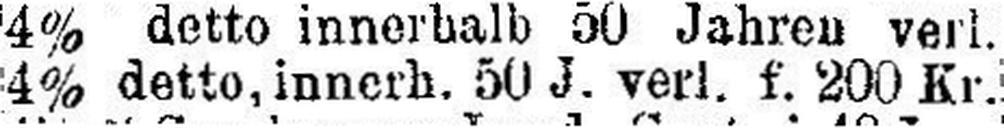
4% detto, innerh. 50 J. verl. f. 200 Kr.